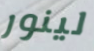
لينور